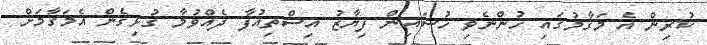
ކުރިން އެ މަގާމުގައި ހުންނެވި ހުސައިން ފިޔާޒު އިސްތިއުފާ ދެއްވުމާ ގުޅިގެން އެމަގާމަށް